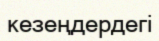
кезеңдердегі